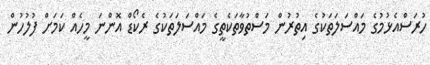
ހުރަސްއެޅުމުގެ މައްސަލަތަކުގެ އިތުރުން މަސްތުވާތަކެތީގެ މައްސަލަތަކުގެ ރެކޯޑް އޮންނަ މީހެއް ކަަމަށް ފުލުހުން